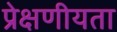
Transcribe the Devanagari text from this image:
प्रेक्षणीयता